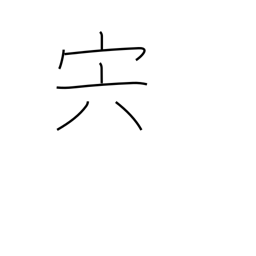
Meaning: meat